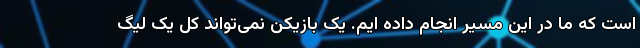
است که ما در این مسیر انجام داده ایم. یک بازیکن نمی‌تواند کل یک لیگ